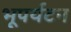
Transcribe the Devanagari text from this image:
भूपर्यटन